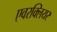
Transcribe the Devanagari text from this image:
एवरक्लियर